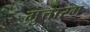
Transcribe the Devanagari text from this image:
मुत्तारम